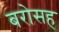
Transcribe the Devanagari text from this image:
बरोसह